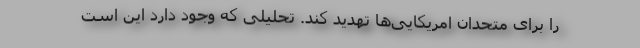
را برای متحدان امریکایی‌ها تهدید کند. تحلیلی که وجود دارد این است